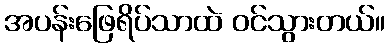
အပန်းဖြေရိပ်သာထဲ ဝင်သွားတယ်။